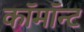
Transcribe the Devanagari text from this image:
कॉमॉन्ट